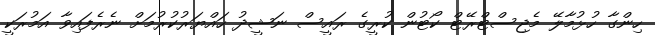
ހިންގާ ހުޅުމާލޭ މެޖިސްޓްރޭޓް ކޯޓުން ކުރީގެ ރައީސް ނަޝީދު ހައްޔަރުކުރުމަށް ނެރެފައިވާ އަމުރަކީ